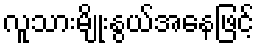
လူသားမျိုးနွယ်အနေဖြင့်